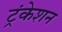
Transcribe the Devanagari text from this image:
ट्रंकेशन